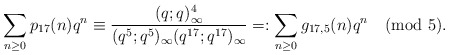
\begin{align*}\sum_{n\ge 0}p_{17}(n)q^n\equiv\frac{(q;q)_\infty^4}{(q^5;q^5)_\infty(q^{17};q^{17})_\infty}=:\sum_{n\ge 0}g_{17,5}(n)q^n \pmod{5}.\end{align*}